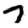
Digit: 7